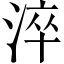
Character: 淬